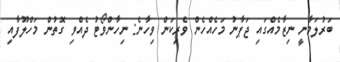
ބަރުލަމާނީ ނިޒާމެއްގައި ޖަޕާނު މަހެއްހެން ވެރިކަން ވިހާނެ: ނިހާންވޯޓު ދެއްވި ގޮތުން މަހްލޫފާއި